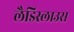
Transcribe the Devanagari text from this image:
लैडिस्लाउस